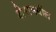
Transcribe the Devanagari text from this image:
शेरामधील